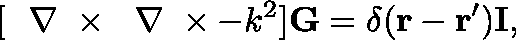
[ \mathrm { ~ \boldmath ~ \nabla ~ } \times \mathrm { ~ \boldmath ~ \nabla ~ } \times - k ^ { 2 } ] { \bf G } = \delta ( { \bf r } - { \bf r } ^ { \prime } ) { \bf I } ,